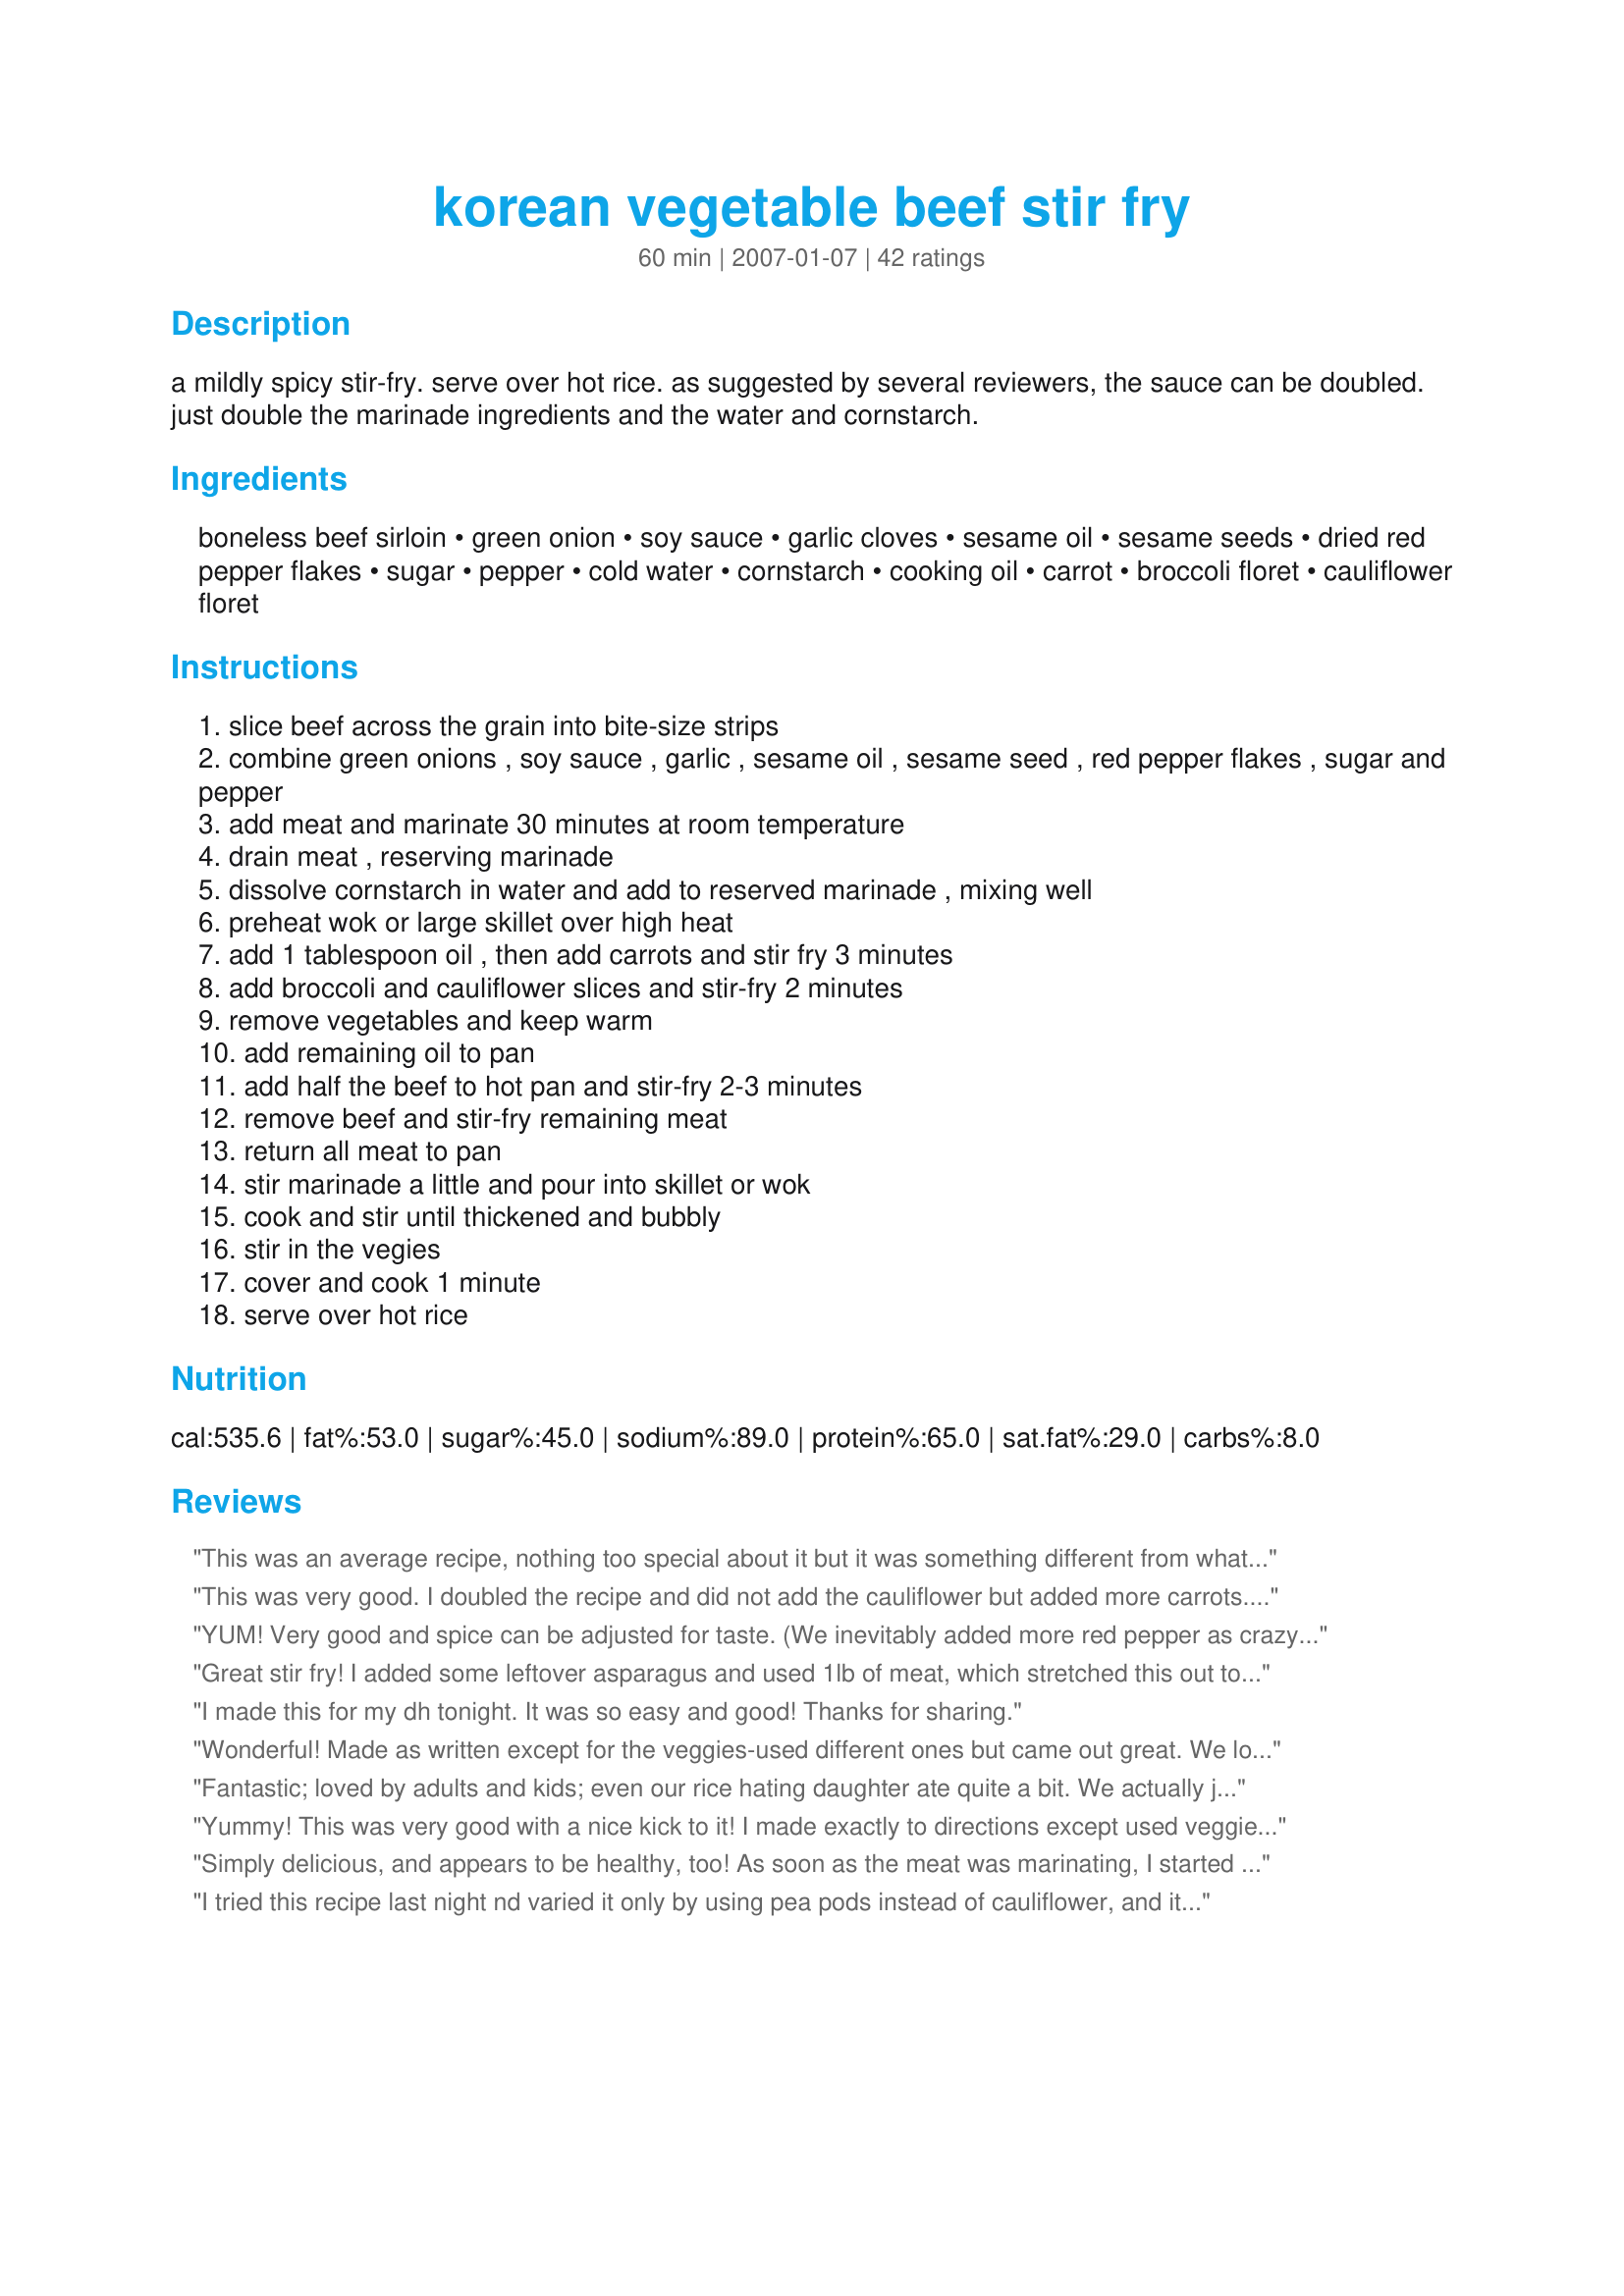
korean vegetable beef stir fry
Preparation time: 60 minutes

a mildly spicy stir-fry. serve over hot rice. as suggested by several reviewers, the sauce can be doubled. just double the marinade ingredients and the water and cornstarch.

Ingredients:
boneless beef sirloin, green onion, soy sauce, garlic cloves, sesame oil, sesame seeds, dried red pepper flakes, sugar, pepper, cold water, cornstarch, cooking oil, carrot, broccoli floret, cauliflower floret

Steps:
slice beef across the grain into bite-size strips
combine green onions , soy sauce , garlic , sesame oil , sesame seed , red pepper flakes , sugar and pepper
add meat and marinate 30 minutes at room temperature
drain meat , reserving marinade
dissolve cornstarch in water and add to reserved marinade , mixing well
preheat wok or large skillet over high heat
add 1 tablespoon oil , then add carrots and stir fry 3 minutes
add broccoli and cauliflower slices and stir-fry 2 minutes
remove vegetables and keep warm
add remaining oil to pan
add half the beef to hot pan and stir-fry 2-3 minutes
remove beef and stir-fry remaining meat
return all meat to pan
stir marinade a little and pour into skillet or wok
cook and stir until thickened and bubbly
stir in the vegies
cover and cook 1 minute
serve over hot rice

Reviews:
This was an average recipe, nothing too special about it but it was something different from what we usually have. I made as written but halved the red peper flakes as we do not like lots of spice.
This was very good. I doubled the recipe and did not add the cauliflower but added more carrots. I would like to add onions next time. I think this would also be good with other meat besides steak. Thanks mikekey for a delicious meal that we will have again and again.
YUM! Very good and spice can be adjusted for taste. (We inevitably added more red pepper as crazy Koreans!). Two tips:
1) We decreased the amt of sesame oil as we used the DARK asian kind (about half).
2) I par-steamed the broccoli before adding it to the stirfry so the other veggies would remain crisp.
3) I doubled the sauce to cover the veggies more, and it was great over rice/noodles!
Great stir fry! I added some leftover asparagus and used 1lb of meat, which stretched this out to four servings. After a quick taste, I realized that I needed a little fresh ginger - otherwise just perfect for our tastes. And a beautiful dish too! Served with steamed white rice and white wine - a simple evening meal this weekend!
I made this for my dh tonight. It was so easy and good! Thanks for sharing.
Wonderful! Made as written except for the veggies-used different ones but came out great. We loved all the flavors. Served with rice.
Fantastic; loved by adults and kids; even our rice hating daughter ate quite a bit. We actually joked that we should add a picture of the empty plate with the kids giving the dish a thumbs up. I did not add sesame seeds or hot red peppers (kids eating), served red pepper flakes on the side instead. I cut back the sesame oil to 2 tsp. For vegetables I used mushrooms, carrots, snow peas and broccoli. A keeper! Thanks for sharing!
Yummy! This was very good with a nice kick to it! I made exactly to directions except used veggies I had on hand and whole family loved it!
Simply delicious, and appears to be healthy, too! As soon as the meat was marinating, I started cooking brown rice, and the timing came out just about perfect. Just spicy enough, could be slightly saucier, but quite wonderful; the whole family loved it. Made for OZ/NZ swap, April 09.
I tried this recipe last night nd varied it only by using pea pods instead of cauliflower, and it tasted just like if ou went out for chinese. I will definatly make this again. Thank You for posting this yummy recipe..
Wow...way better than I anticipated! Depth of flavor, unctous and delicious! Over short grain domestic rice. Just really really good. Try it! The only change I made was omitting the crushed sesame seeds. Somewhere in my kitchen are some carefully toasted sesame seeds from a recipe last week but...darned if I can find them! This is great.
We loved this sauce! I did add 1 teaspoon of oyster sauce which seemed to blend the flavors. I have made this often. Thanks.
Very good and easy! I added ginger and and used toasted sesame seeds instead of crushed. Also used fresh chili Otherwise made as directed with the veggies we had on hand (broccoli and red peppers)
Awesome when served over white rice. Double the sauce. Add about 1/4 cup of sliced jalepenos, did not use red pepper flakes, did not use sesame seed nor sesame oil, used half the sugar. Now a regular to my cookbook!
This was great! Fast and easy. I used pea pods, water chestnuts, mushrooms, and bok choy with the carrots and brocolli, cut out the cauliflower. The sauce was great, just the right amount of heat. Thanks Mikekey for a great recipe.
Awesome! Loved everything about this stir-fry! I used 3/4 lb meat, so increased everything else just a bit....it all worked wonderfully well together. Served over jasmine rice for a truly delicious meal. Thanks mikekey!
This recipe is awesome. I added 1/2 tbsp of oyster sauce, 1 extra clove of garlic to the marinade, and green bell pepper. Next time I make this I will use low sodium soy sauce because it did turn out a wee bit too salty for my liking. I will definitely make this for my family again. Thank you!!!
Made for a very enjoyable meal, though I did fiddle with quantities using 2lb 12oz sliced rump steak and doubled the sauce but used about 2 cups of water with 2 tablespoons cornflour/cornstarch. Used the quantities of vegies specified and served with fried rice (done our way). The DH was doing the cooking (I did all the prep) and he chose to stir fry the vegetables first and heated up the sauce for thickening (hence adding more liquid for it was very thick) and then added the meat and stir fried vegetables (included snow peas) and made for a delicious meal and the DH has left overs for night shifts. The only change we would suggest is that instead of dried red pepper flakes to use fresh chilli- just personal taste. Thank you mikekey for a delicious meal, made the Potluck Tag. UPDATE - we have now made this recipe several times and has become a requested recipe but admit that there are always some minor changes depending on what vegies are in season when we make but otherwise what I have already added using fresh chillies and adding ginger this is one really good recipe.
Delicious! This quick and easy stir fry was so full of flavor. I needed more servings, so I doubled all of the ingredients except the sesame oil. I used half sesame oil and half peanut oil. Also, I added some sliced, fresh mushrooms. I served this over jasmine rice and my family just loved it. Thank you for sharing this wonderful recipe...it is definitely a keeper!!
Used venison (leftover roasted loin) and added at the very end. Doubled sauce. Very salty -- a low salt soya sauce would be better for our taste. Added more/other veggies than it called for; broccoli (3 cups), red pepper (1 large, 1 small), mushrooms (1 cup), onion (1 cup). Used 1/2 the red pepper flakes. Served over rice. This was a winner.
Still smacking my lips-delish! I made as posted except omitted the 1/2 teaspoon of pepper. For us, we thought the sauce was right on. Love the colors in this too. Thank you mikekey for another great recipe. Made for Everyday is a Holiday.
My family and I love this recipe! I no longer need to go to a korean restaurant :)
Very nice beef and vegetable stir fry. I served it with ramen noodles instead of rice, which was very nice. I needed a bit more sauce overall, and added some beef stock and a splash of red wine to round it out. Thanks for posting!
I halved the recipe since I was the only eating it. I did add some celery I needed to use up. I really wished I would have made the original amount of sauce or doubled it. I marinaded for about 2 1/2 hrs. It has just the right amount of heat that I can handle. So glad I tried this.
I don&#039;t write reviews often but I didn&#039;t want someone else to have their dinner ruined. 2 tablespoons of sesame totally ruined this recipe! Am I the only one that thought it was terrible, It made it taste sour. I used 1 tablespoon of dark sesame oil and doubled the rest of the ingredients and it wasn&#039;t edible. I have never found a recipe I couldn&#039;t save somehow but this one was it! I know sesame oil is strong that is why I only used 1 tablespoon and I was thinking this is to much. Did the rest of you use sesame oil? I used trimmings from a beef tenderloin and was so disappointed I had to throw it all away.
Very tasty! I added a little rice vinegar to the marinade.
We also doubled the sauce. This had just the right amount of heat for us. To me, the sesame oil really makes the dish. Thanks for posting!
Mikekey, we really enjoyed this quick and tasty meal. The sauce thicken the dish up perfectly and was fabulous served over steamed white rice. I hope you didn't mind but I used different veggies that suited our taste (I'm not keen on carrots!).Thank you for sharing, will definitely be made again. Yum!
Very good! I doubled the recipe and added red pepper instead of cauliflower, I also cut down a bit on the sesame oil. Other than that stuck to the recipe and really enjoyed it. I may try it with chicken or fish next time.
We thoroughly enjoyed this stir fry! Only change I made was to use less carrots. The flavors were niely complex. A keeper for us!
This is a very nice recipe. The cauliflower at the market did not look very good, so I subbed sugar snap peas in its place. I doubled the sauce...however; in doing so I would say not to double the sesame oil, because it becomes very strong. I noticed after making the dish that I forgot to add the sugar- next time I will add it however; it tasted just fine without it. Made and reviewed for the Best of 2010 Tag Game
Very good flavour, doubled the marinade as others mentioned. I used jalapeno instead of pepper flakes and changed up the veggies.(bok choy, yellow peppers)
Tried this with the roomie tonight who, quite happily, loves to do prep. Switched out the cauliflower with some leftover bell peppers and it was simply delightful! Sirloin was tender, sauce had some mild heat and was very well balanced. This will be in heavy rotation in our kitchen for months. Bravo.
Wonderful dish! Very yummy. Yes, like the recipe says, double the marinade. However, if you do not double the beef, I would suggest not doubling the soy sauce that goes into the marinade. A cup is a little too much for the 1/2 lb of beef, and while it was delicious it was very salty. A little too salty for some who tried it. Otherwise, this is a great dish , and I would definitely recommend it!
My son and his friends went wild over this. They said it was better than takeout. High praise from 11 year olds! I did double the sauce and added fresh grated ginger and extra red pepper. I used snow peas instead of cauliflower as that was what I had around the house. I also added in some of those little baby corns just because the kids love them. I think this would work with a variety of vegetables or shoots. It is great over rice or even Shirataki noodles for those watching the carbs.
This recipe made it into our 
Book #231450. 3/02/08 - This is an outstanding dish! Only change made was using olive oil in place of sesame oil and added a teaspoon of red wine vinegar in the marinade. This has an authentic Korean flavor. The rest of the family loved it as well comparing it to a Chinese "broccoli beef" dish. It was simple to prepare and was pleasing to the eyes as well as the palate. Thank you for sharing! ~Buddha
The whole family loved it - doubled the sauce, added 1. tsp of minced ginger, and a little extra soy sauce - totally fantastic! Thanks a bunch
It was too salty and sweet for my taste. The sesame flavour was a little too strong. The level of piquance was perfect. I would probably try this again, but with less soy sauce, sugar and sesame seeds.
Followed as written except for adding a touch of freshly grated ginger....loved the sauce. I definately will make this again and maybe change some of the vegies up when I need to clean my fridge. Thank you for posting. Made for Zaar Chef Alphabet Soup tag game.
This was excellent! I made it exactly as is except I cut the red pepper flakes in half, fearing it would be too spicy for my kids, and I added a 1/2 tsp of ginger. Its my new go-to beef and veggie stir fry.
Great stir fry dish! I used only 1 T sesame oil, otherwise made as specified. This was just spicy enough with a great combination of veggies. Thanks for posting this great recipe! Made for the Best of 2008 event
This was very good. I left out the sugar and added a few tablespoons of Mirin in its place. Everyone loved it!
